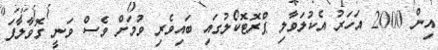
އިން 2000 އަހަރު އެކުލަވާލި ޕްރޮޓޮކޯލުގައި ބައިވެރި ވުމަށް ވެސް ވަނީ ގޮވާލާފަ